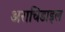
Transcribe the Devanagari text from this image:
अराचिडाइल